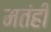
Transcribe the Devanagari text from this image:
मतंही